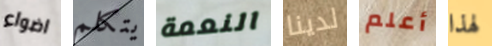
اضواء يتكلم النعمة لدينا أعلم لهذا